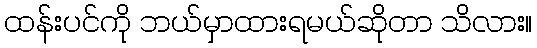
ထန်းပင်ကို ဘယ်မှာထားရမယ်ဆိုတာ သိလား။